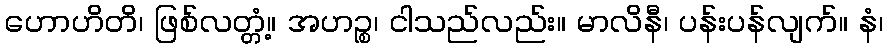
ဟောဟိတိ၊ ဖြစ်လတ္တံ့။ အဟဉ္စ၊ ငါသည်လည်း။ မာလိနီ၊ ပန်းပန်လျက်။ နံ၊